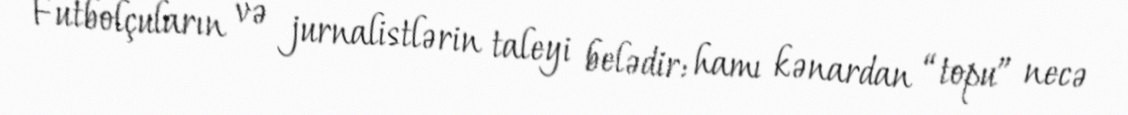
Futbolçuların və jurnalistlərin taleyi belədir: hamı kənardan “topu” necə